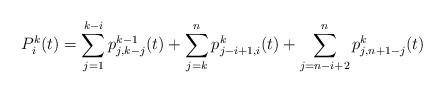
LaTeX: \begin{align*}P_{i}^{k}(t)=\sum_{j=1}^{k-i}p_{j,k-j}^{k-1}(t)+\sum_{j=k}^{n}p_{j-i+1,i}^{k}(t)+\sum_{j=n-i+2}^{n}p_{j,n+1-j}^{k}(t)\end{align*}